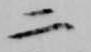
二